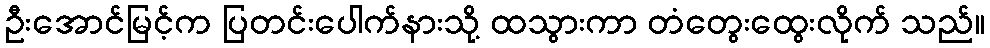
ဦးအောင်မြင့်က ပြတင်းပေါက်နားသို့ ထသွားကာ တံတွေးထွေးလိုက် သည်။